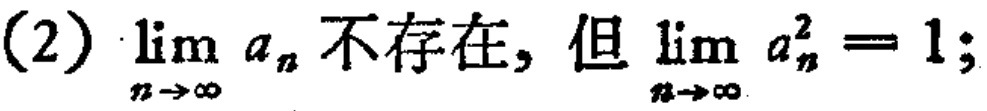
(2) $\lim_{n \to \infty} a_{n}$ 不存在，但 $\lim_{n \to \infty} a_{n}^{2}=1$;